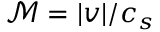
\mathcal { M } = | v | / c _ { s }